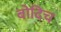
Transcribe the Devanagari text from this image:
बोदिच